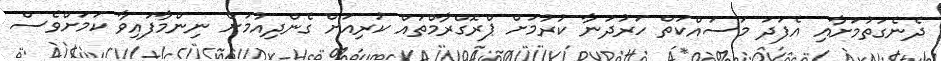
ދެނެގަތުމަށާއި އެފަދަ މަސައްކަތް ހަރުދަނާ ކުރުމަށް ޕްރޮގްރާމްތައް ކުރިއަށް ގެންދިއުމަށް ނިންމާފައިވާ ކަމަށްވެސް